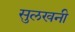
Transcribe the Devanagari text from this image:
सुलखनी